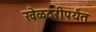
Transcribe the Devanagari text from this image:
खेळदरीपर्यंत